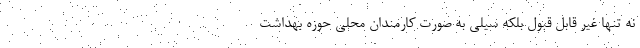
نه تنها غیر قابل قبول بلکه سیلی‌ به صورت کارمندان محلی حوزه بهداشت